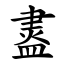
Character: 䀆